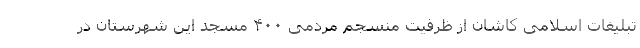
تبلیغات اسلامی کاشان از ظرفیت منسجم مردمی ۴۰۰ مسجد این شهرستان در